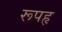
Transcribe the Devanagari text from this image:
रूपहृ